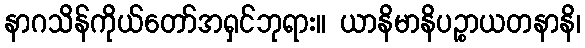
နာဂသိန်ကိုယ်တော်အရှင်ဘုရား။ ယာနိမာနိပဉ္စာယတနာနိ၊